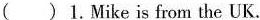
( )1.Mike is from the UK.